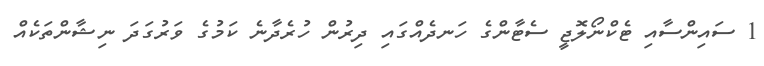
1 ސައިންސާއި ޓެކްނޯލޮޖީ ސެޓާންގެ ހަނދެއްގައި ދިރުން ހުރެދާނެ ކަމުގެ ވަރުގަދަ ނިޝާންތަކެއް